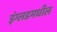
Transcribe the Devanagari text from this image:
इंग्लडमधील